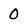
Character: 0